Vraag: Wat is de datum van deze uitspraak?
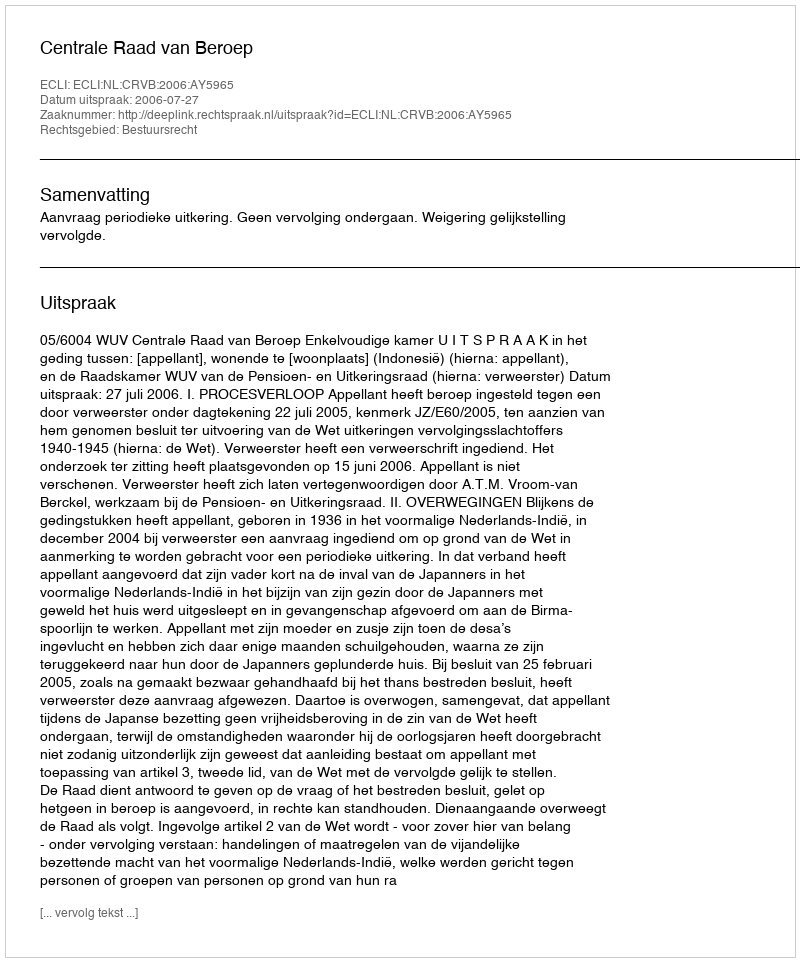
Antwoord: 2006-07-27